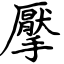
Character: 擪